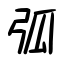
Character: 弧